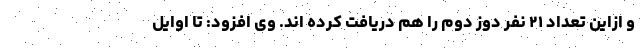
و ازاین تعداد ۲۱ نفر دوز دوم را هم دریافت کرده اند. وی افزود: تا اوایل